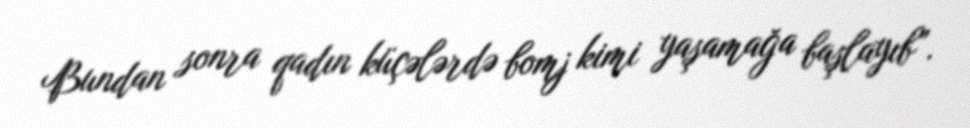
Bundan sonra qadın küçələrdə bomj kimi yaşamağa başlayıb”.